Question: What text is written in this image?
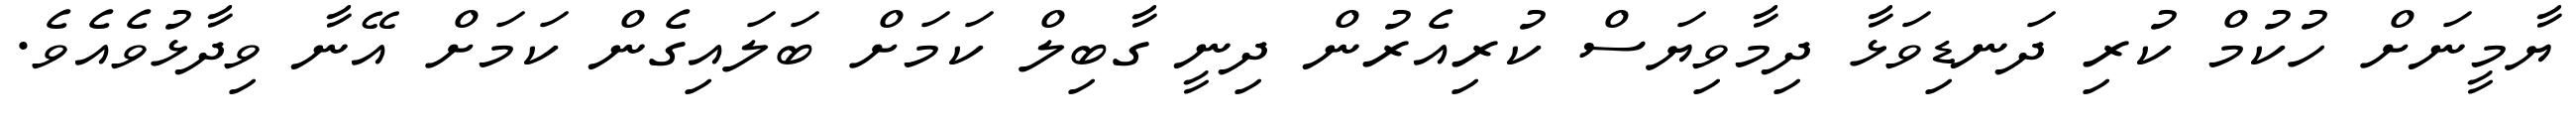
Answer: ޔާމީނަށް ހުކުމް ކުރި ދަނޑިވަޅާ ދިމާވިޔަސް ކުރިއެރުން ދިނީ ގާބިލް ކަމަށް ބަލައިގެން ކަމަށް އޭނާ ވިދާޅުވެއެވެ.